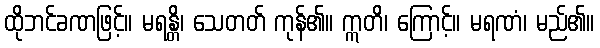
ထိုဘင်ခဏဖြင့်။ မရန္တိ၊ သေတတ် ကုန်၏။ ဣတိ၊ ကြောင့်။ မရဏံ၊ မည်၏။